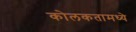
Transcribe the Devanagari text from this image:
कोलकतामध्ये